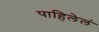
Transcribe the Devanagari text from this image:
पाहिलेलं